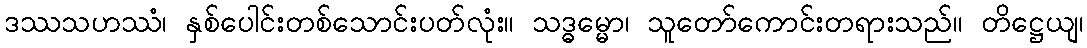
ဒဿသဟဿံ၊ နှစ်ပေါင်းတစ်သောင်းပတ်လုံး။ သဒ္ဓမ္မော၊ သူတော်ကောင်းတရားသည်။ တိဋ္ဌေယျ၊